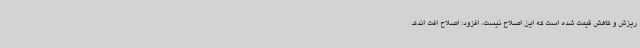
ریزش و کاهش قیمت شده است که این اصلاح نیست، افزود: اصلاح افت اندک